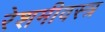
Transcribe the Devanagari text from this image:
रेशमीवस्त्र